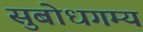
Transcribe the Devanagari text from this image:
सुबोधगम्य